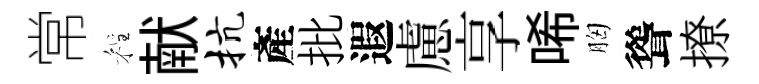
常程献抗產批遐慮享唏胸聳撩